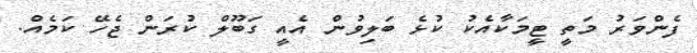
ފެންވަރު މަތީ ޓީމަކާއެކު ކުޅެ ބަލިވުން އެއީ ގަބޫލް ކުރަން ޖެހޭ ކަމެއް.